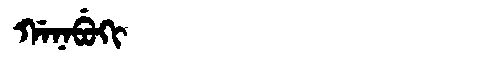
Manchu: ᡤᠠᠨᠠᠪᡠᡴᡳ
Romanization: GANABUKI